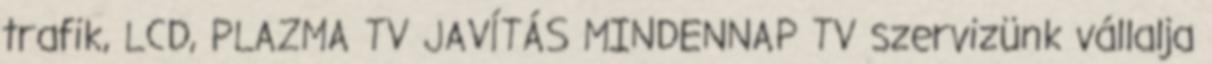
trafik, LCD, PLAZMA TV JAVÍTÁS MINDENNAP TV szervizünk vállalja